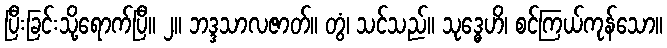
ပြီးခြင်းသို့ရောက်ပြီ။ ၂။ ဘဒ္ဒသာလဇာတ်။ တွံ၊ သင်သည်။ သုဒ္ဓေဟိ၊ စင်ကြယ်ကုန်သော။